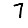
Digit: 7